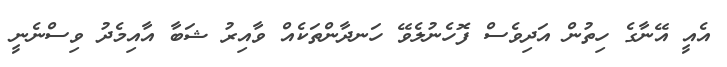
އެއީ އޭނާގެ ހިތުން އަދިވެސް ފޮހެނުލެވޭ ހަނދާންތަކެއް ވާއިރު ޝަބާ އާއިމެދު ވިސްނެނީ